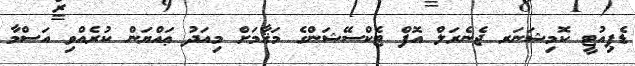
ޑެޕިއުޓީ ކޮމިޝަނަރ ޖެނެރަލް އޮފް ޓެކްސޭޝަންގެ މަޤާމަށް މިއަދު ޢައްޔަން ކުރެއްވި އަސްމާ